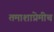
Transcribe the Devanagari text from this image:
तमाशाप्रेमीच